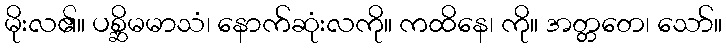
မိုးလ၏။ ပစ္ဆိမမာသံ၊ နောက်ဆုံးလကို။ ကထိနေ၊ ကို။ အတ္တတေ၊ သော်။